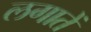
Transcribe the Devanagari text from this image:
लगातें